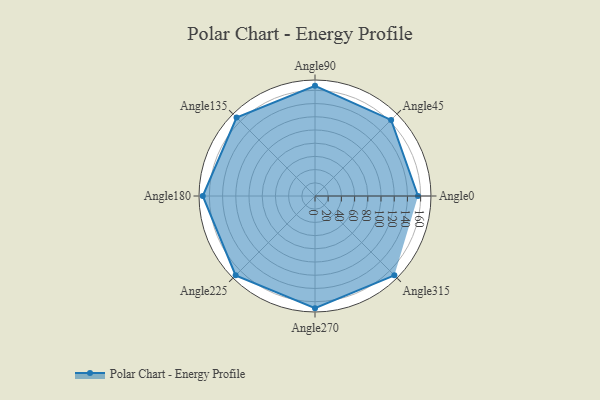
{"axis": {"x": "Angle", "y": "Radius"}, "legend": [""], "data": [{"x": "Angle0", "y": 156.0, "type": ""}, {"x": "Angle45", "y": 163.0, "type": ""}, {"x": "Angle90", "y": 167.0, "type": ""}, {"x": "Angle135", "y": 168.0, "type": ""}, {"x": "Angle180", "y": 170, "type": ""}, {"x": "Angle225", "y": 170, "type": ""}, {"x": "Angle270", "y": 170, "type": ""}, {"x": "Angle315", "y": 170, "type": ""}]}